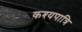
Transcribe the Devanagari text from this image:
कश्यपात्रि